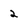
Character: 2